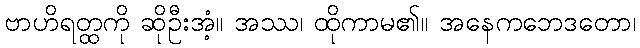
ဗာဟိရတ္ထကို ဆိုဦးအံ့။ အဿ၊ ထိုကာမ၏။ အနေကဘေဒတော၊